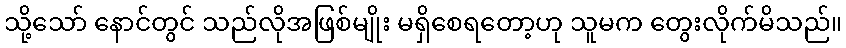
သို့သော် နောင်တွင် သည်လိုအဖြစ်မျိုး မရှိစေရတော့ဟု သူမက တွေးလိုက်မိသည်။